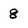
Character: 8